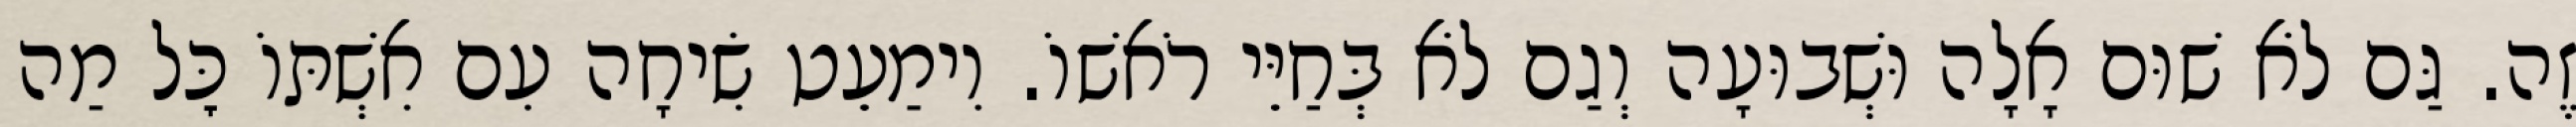
זֶה. גַּם לֹא שׁוּם אָלָה וּשְׁבוּעָה וְגַם לֹא בְּחַיֵּי רֹאשׁוֹ. וִימַעֵט שִׂיחָה עִם אִשְׁתּוֹ כׇּל מַה